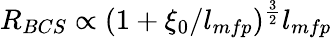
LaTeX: R_{BCS}\propto(1+\xi_{0}/l_{mfp})^{\frac{3}{2}}l_{mfp}